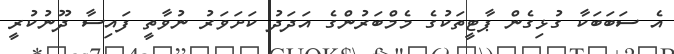
އެ ސަބަބަކާ ގުޅިގެން ޕާޓީތަކުގެ މެމްބަރުންގެ އަދަދު ކަށަވަރު ނުވާތީ ފައިސާ ދޫނުކުރީ